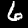
Digit: 6